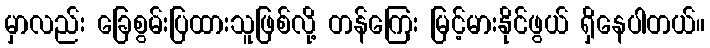
မှာလည်း ခြေစွမ်းပြထားသူဖြစ်လို့ တန်ကြေး မြင့်မားနိုင်ဖွယ် ရှိနေပါတယ်။